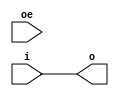
module cyclone10lp_io_obuf
  (output o, input i, input oe);
   assign o  = i;
   assign oe = oe;
endmodule